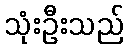
သုံးဦးသည်